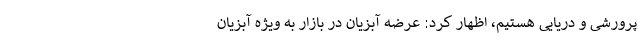
پرورشی و دریایی هستیم، اظهار کرد: عرضه آبزیان در بازار به ویژه آبزیان